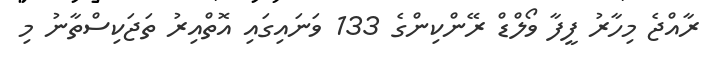
ރާއްޖެ މިހާރު ފީފާ ވޯލްޑް ރޭންކިންގެ 133 ވަނައިގައި އޮތްއިރު ތަޖަކިސްތާނު މި